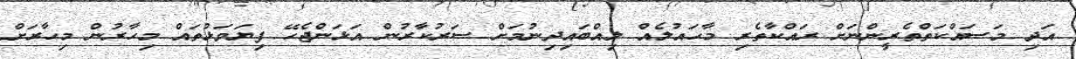
އަދި މަސައްކަތްތެރީންނަށް ރައްކާތެރި މާޙައުލެއް ލިއްބައިދިނުމަށް ސަރުކާރުން އަޅަންޖެހޭ ފިޔަވަޅުތައް މިހާރުން މިހާރަށް